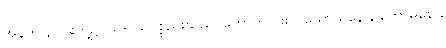
အနက် ၃ ပါးတို့၌၊ ယု- ယုပစ္စည်းသည်၊ ဟောတိ- ၏။ ဃောသနော, ကောဓနော,